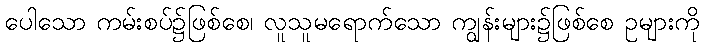
ပေါသော ကမ်းစပ်၌ဖြစ်စေ၊ လူသူမရောက်သော ကျွန်းများ၌ဖြစ်စေ ဥများကို